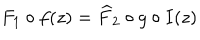
F _ { 1 } \circ f ( z ) = \widehat { F } _ { 2 } \circ g \circ I ( z )